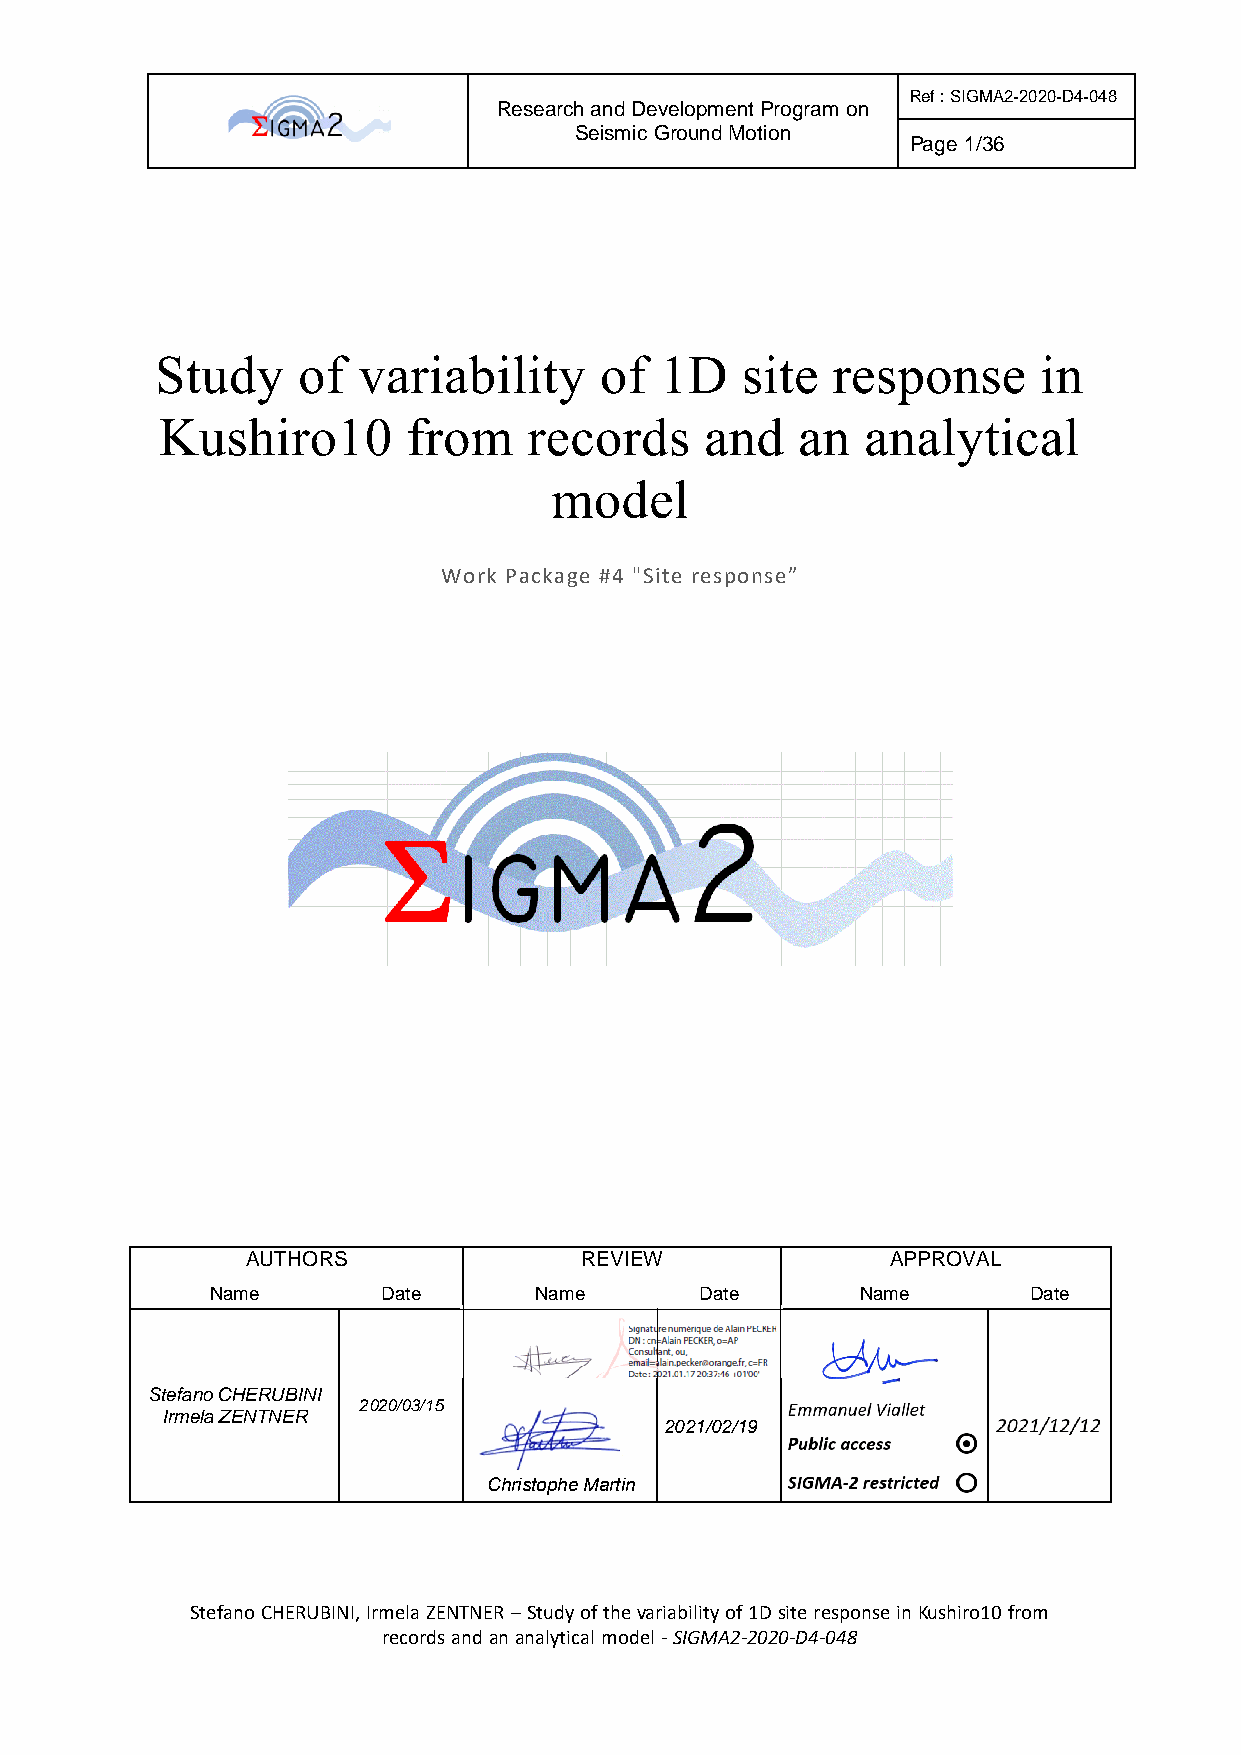
Ref : SIGMA2-2020-D4-048
 Research and Development Program on
 Seismic Ground Motion
 Page 1/36
 Study     of  variability     of  1D   site  response      in
 Kushiro10       from    records     and   an  analytical
 model
 Work Package #4 "Site response”
 AUTHORS               REVIEW               APPROVAL
 Name       Date      Name       Date       Name       Date
 Stefano CHERUBINI
 2020/03/15
 Irmela ZENTNER
 2021/02/19
 Christophe Martin
 Stefano CHERUBINI, Irmela ZENTNER – Study of the variability of 1D site response in Kushiro10 from
 records and an analytical model - SIGMA2-2020-D4-048